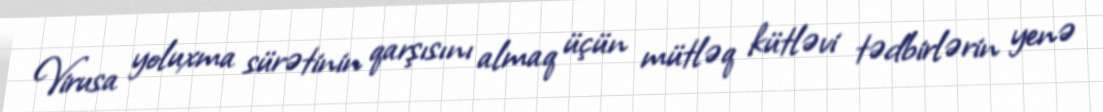
Virusa yoluxma sürətinin qarşısını almaq üçün mütləq kütləvi tədbirlərin yenə